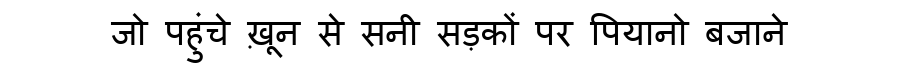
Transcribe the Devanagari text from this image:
जो पहुंचे ख़ून से सनी सड़कों पर पियानो बजाने